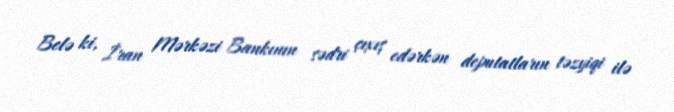
Belə ki, İran Mərkəzi Bankının sədri çıxış edərkən deputatların təzyiqi ilə